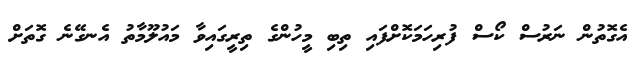
އެގޮތުން ނަރުސް ކޯސް ފުރިހަމަކޮށްފައި ތިބި މީހުންގެ ތިރީގައިވާ މައުލޫމާތު އެނގޭނެ ގޮތަށް